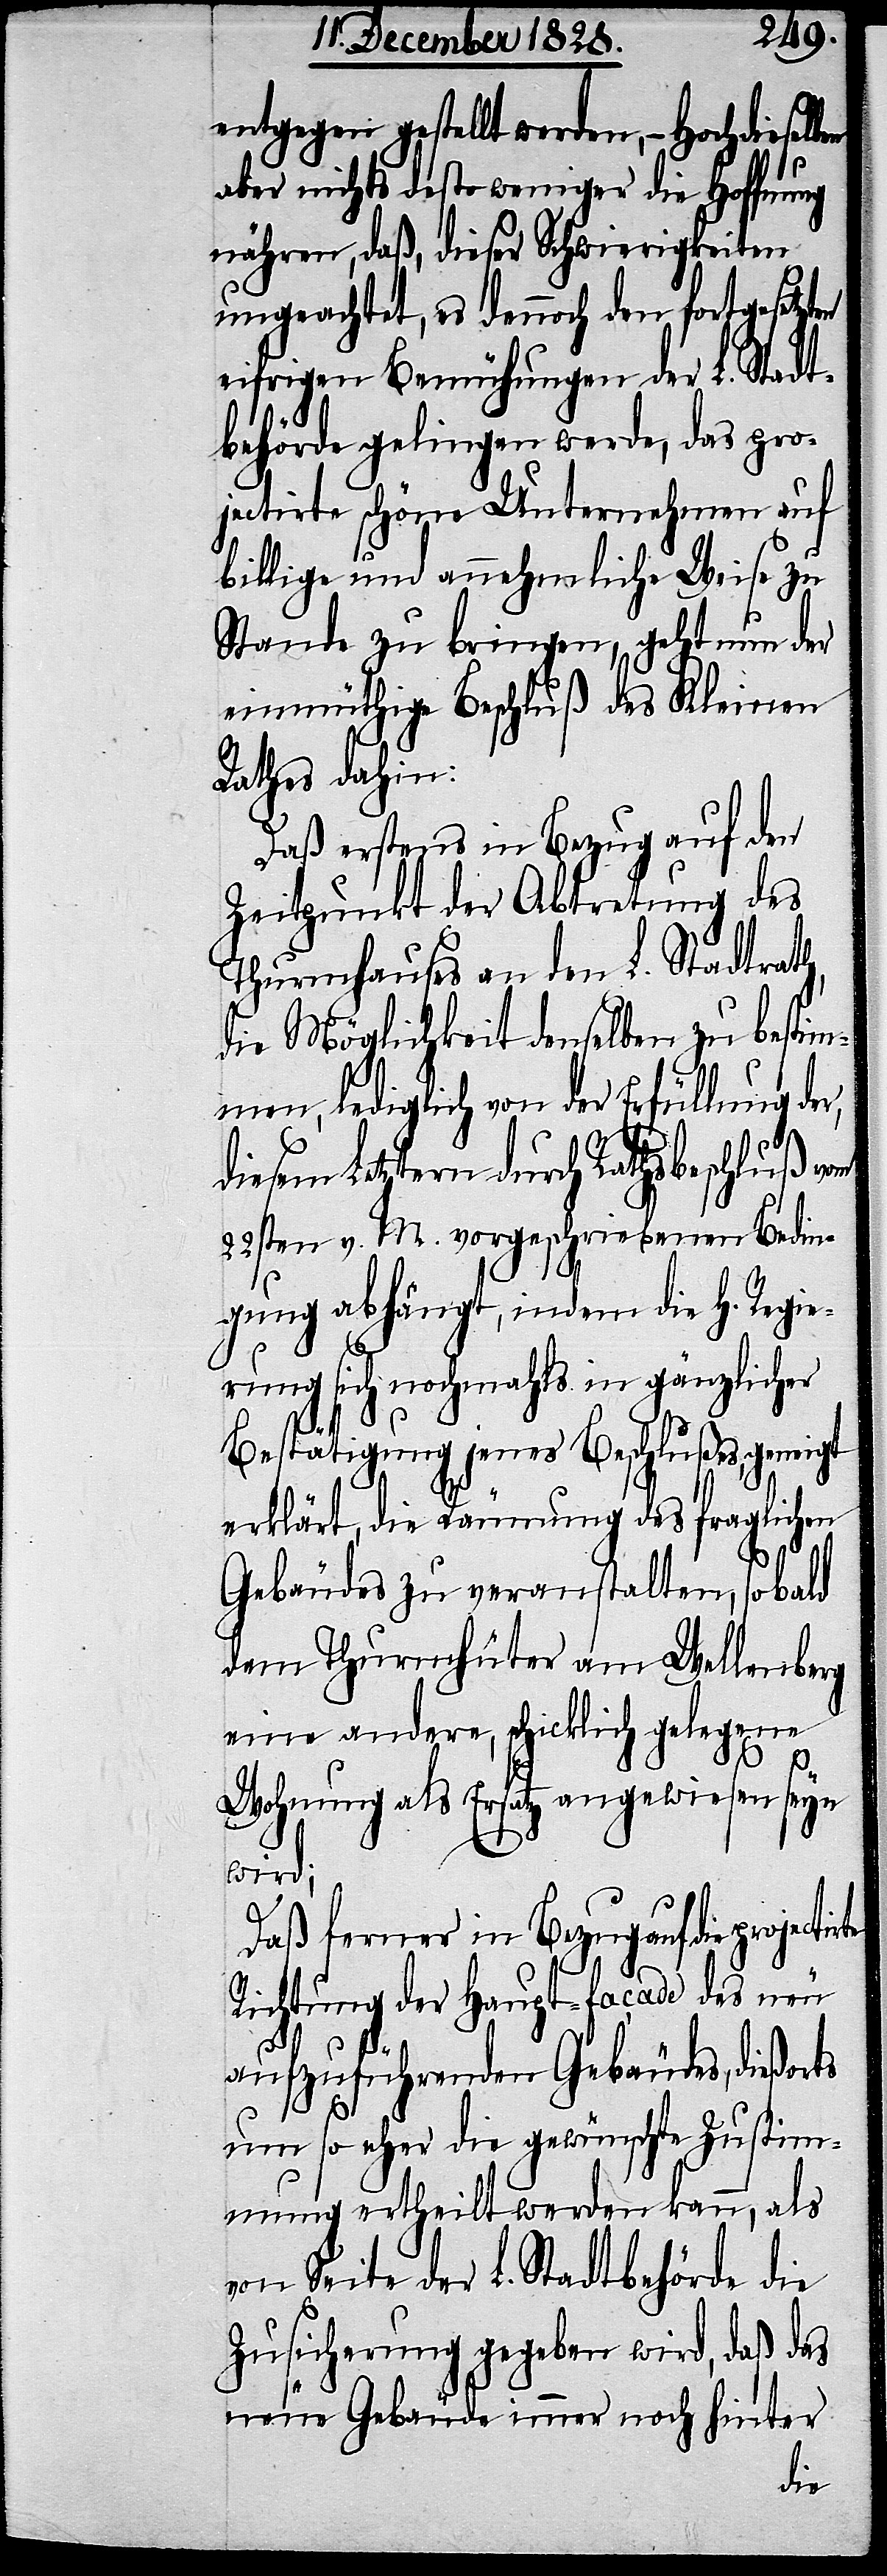
entgegen gestellt werden, – Hochdieselb¬
aber nichts desto weniger die Hoffnung
nähren, daß, dieser Schwierigkeiten
ungeachtet, es dennoch den fortgesetzten
eifrigen Bemühungen der L. Stadt¬
behörde gelingen werde, das pro¬
jectirte schöne Unternehmen auf
billige und annehmliche Weise zu
Stande zu bringen, geht nun der
einmüthige Beschluß des Kleinen
Rathes dahin:
Daß erstens in Bezug auf den
Zeitpunkt der Abtretung des
Thurmhauses an den L. Stadtrath,
die Möglichkeit denselben zu bestim¬
men, lediglich von der Erfüllung der,
diesem Letztern durch Rathsbeschluß vom
22sten v. M. vorgeschriebenen Bedin¬
gung abhängt, indem die H. Regie¬
rung sich nochmahls in gänzlicher
en
Bestätigung jenes Beschlußes, geneigt
erklärt, die Räumung des fraglichen
Gebäudes zu veranstalten, so bald
dem Thurmhüter am Wellenberg
eine andere, schicklich gelegene
Wohnung als Ersatz angewiesen seyn
wird;
Daß ferner in Bezug auf die
Richtung der Haupt-Façade des neu
aufzuführenden Gebäudes, dießorts
um so eher die gewünschte Zustim¬
mung ertheilt werden kann, als
von Seite der L. Stadtbehörde, die
Zusicherung gegeben wird, daß das
neue Gebäude immer noch hinter